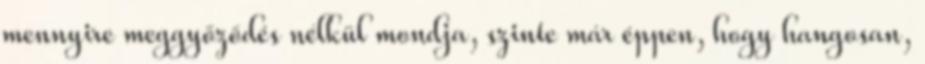
mennyire meggyőződés nélkül mondja, szinte már éppen, hogy hangosan,